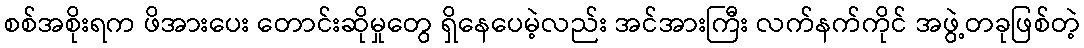
စစ်အစိုးရက ဖိအားပေး တောင်းဆိုမှုတွေ ရှိနေပေမဲ့လည်း အင်အားကြီး လက်နက်ကိုင် အဖွဲ့တခုဖြစ်တဲ့